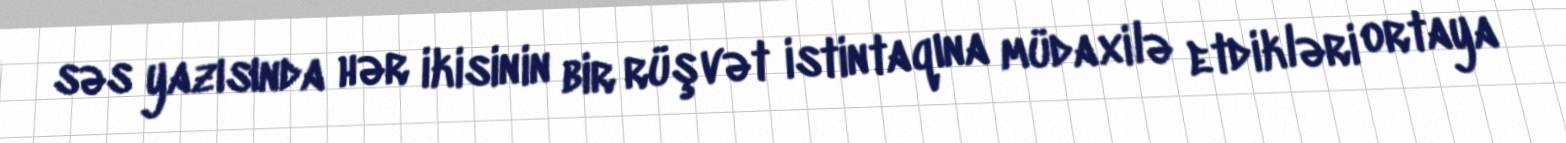
səs yazısında hər ikisinin bir rüşvət istintaqına müdaxilə etdikləri ortaya